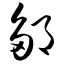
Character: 邹